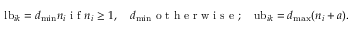
\mathrm { l b } _ { i k } = d _ { \mathrm { m i n } } n _ { i } \mathrm { ~ i ~ f ~ } n _ { i } \geq 1 , \quad d _ { \mathrm { m i n } } \mathrm { ~ o ~ t ~ h ~ e ~ r ~ w ~ i ~ s ~ e ~ } ; \quad \mathrm { u b } _ { i k } = d _ { \mathrm { m a x } } ( n _ { i } + a ) .